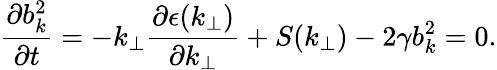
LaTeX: \frac{\partial b_{k}^{2}}{\partial t}=-k_{\perp}\frac{\partial\epsilon(k_{\perp})}{\partial k_{\perp}}+S(k_{\perp})-2\gamma b_{k}^{2}=0.